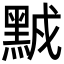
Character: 𪑆